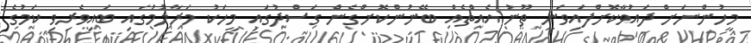
މީހުންނަށް ދައުވާކޮށްފައިވަނީ ތޫނު އެއްޗެއް ބޭނުންކޮށްގެން ގަސްދުގައި މީހަކު މަރާލުމުގައި ބައިވެރިވި ކަމުގެ